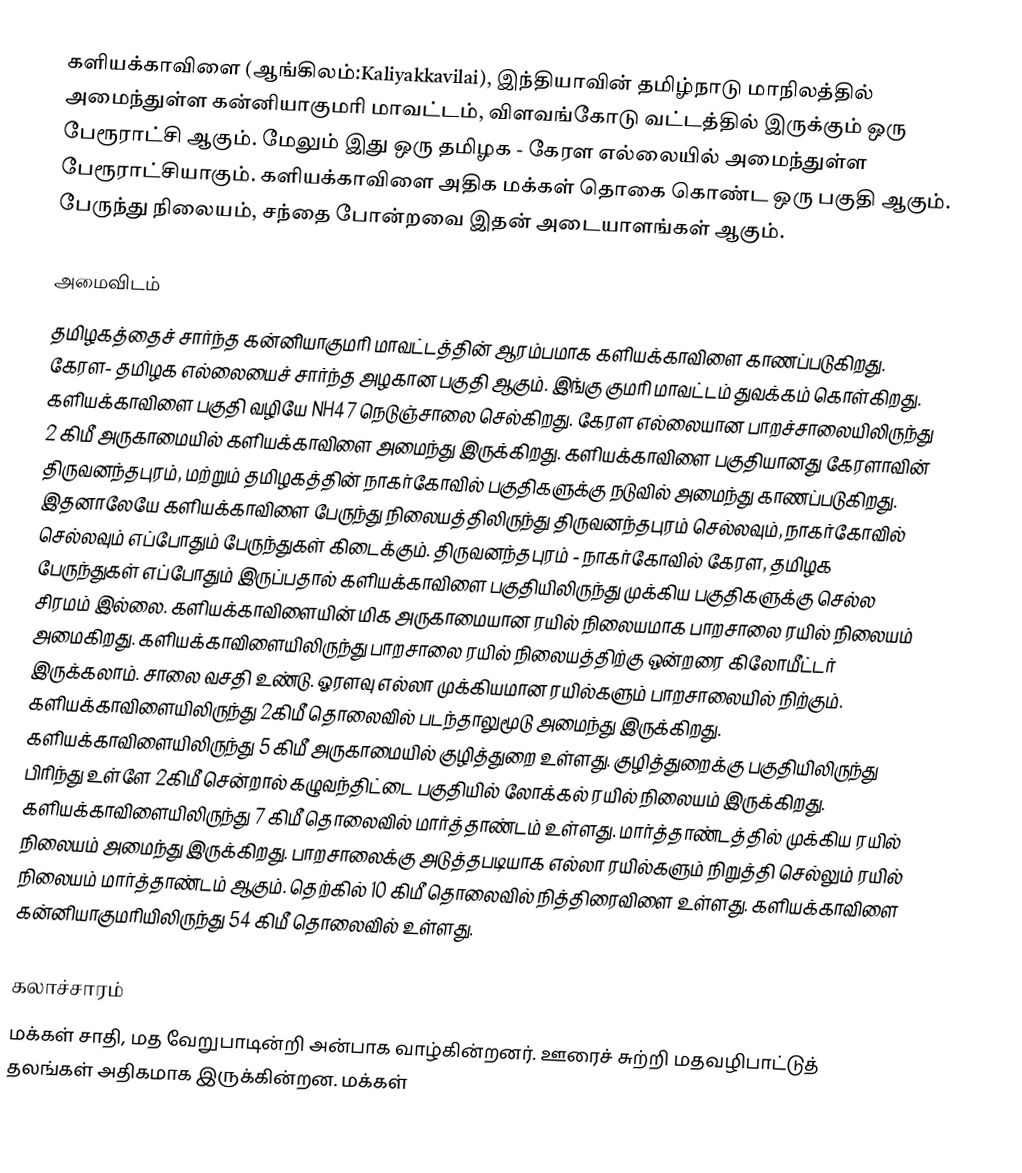
களியக்காவிளை (ஆங்கிலம்:Kaliyakkavilai), இந்தியாவின் தமிழ்நாடு மாநிலத்தில் அமைந்துள்ள கன்னியாகுமரி மாவட்டம், விளவங்கோடு வட்டத்தில் இருக்கும் ஒரு பேரூராட்சி ஆகும். மேலும் இது ஒரு தமிழக - கேரள எல்லையில் அமைந்துள்ள பேரூராட்சியாகும். களியக்காவிளை அதிக மக்கள் தொகை கொண்ட ஒரு பகுதி ஆகும். பேருந்து நிலையம், சந்தை போன்றவை இதன் அடையாளங்கள் ஆகும்.

அமைவிடம்
தமிழகத்தைச் சார்ந்த கன்னியாகுமரி மாவட்டத்தின் ஆரம்பமாக களியக்காவிளை காணப்படுகிறது. கேரள- தமிழக எல்லையைச் சார்ந்த அழகான பகுதி ஆகும். இங்கு குமரி மாவட்டம் துவக்கம் கொள்கிறது. களியக்காவிளை பகுதி வழியே NH47 நெடுஞ்சாலை செல்கிறது. கேரள எல்லையான பாறச்சாலையிலிருந்து 2 கிமீ அருகாமையில் களியக்காவிளை அமைந்து இருக்கிறது. களியக்காவிளை பகுதியானது கேரளாவின் திருவனந்தபுரம், மற்றும் தமிழகத்தின் நாகர்கோவில் பகுதிகளுக்கு நடுவில் அமைந்து காணப்படுகிறது. இதனாலேயே களியக்காவிளை பேருந்து நிலையத்திலிருந்து திருவனந்தபுரம் செல்லவும், நாகர்கோவில் செல்லவும் எப்போதும் பேருந்துகள் கிடைக்கும். திருவனந்தபுரம் - நாகர்கோவில் கேரள, தமிழக பேருந்துகள்    எப்போதும் இருப்பதால் களியக்காவிளை பகுதியிலிருந்து முக்கிய பகுதிகளுக்கு செல்ல சிரமம் இல்லை. களியக்காவிளையின் மிக அருகாமையான ரயில் நிலையமாக  பாறசாலை ரயில் நிலையம் அமைகிறது. களியக்காவிளையிலிருந்து பாறசாலை ரயில் நிலையத்திற்கு ஒன்றரை கிலோமீட்டர் இருக்கலாம். சாலை வசதி உண்டு. ஓரளவு எல்லா முக்கியமான ரயில்களும் பாறசாலையில் நிற்கும். களியக்காவிளையிலிருந்து 2கிமீ தொலைவில் படந்தாலுமூடு அமைந்து இருக்கிறது. களியக்காவிளையிலிருந்து  5 கிமீ அருகாமையில்  குழித்துறை உள்ளது. குழித்துறைக்கு பகுதியிலிருந்து பிரிந்து உள்ளே 2கிமீ சென்றால் கழுவந்திட்டை பகுதியில் லோக்கல் ரயில் நிலையம் இருக்கிறது. களியக்காவிளையிலிருந்து 7 கிமீ தொலைவில் மார்த்தாண்டம் உள்ளது. மார்த்தாண்டத்தில் முக்கிய ரயில் நிலையம் அமைந்து இருக்கிறது. பாறசாலைக்கு அடுத்தபடியாக எல்லா ரயில்களும் நிறுத்தி செல்லும் ரயில் நிலையம் மார்த்தாண்டம் ஆகும். தெற்கில் 10 கிமீ தொலைவில் நித்திரைவிளை உள்ளது.  களியக்காவிளை கன்னியாகுமரியிலிருந்து 54 கிமீ தொலைவில் உள்ளது.

கலாச்சாரம்
மக்கள் சாதி, மத வேறுபாடின்றி அன்பாக வாழ்கின்றனர். ஊரைச் சுற்றி மதவழிபாட்டுத் தலங்கள் அதிகமாக இருக்கின்றன. மக்கள்